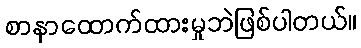
စာနာထောက်ထားမှုဘဲဖြစ်ပါတယ်။